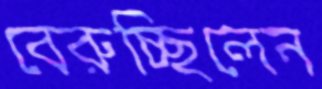
বেরুচ্ছিলেন